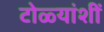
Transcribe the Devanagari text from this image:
टोळ्यांशीं